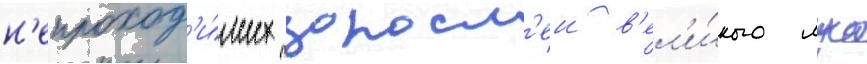
н'епроход'и́мых заросл'еи в'ел'и́кого луга